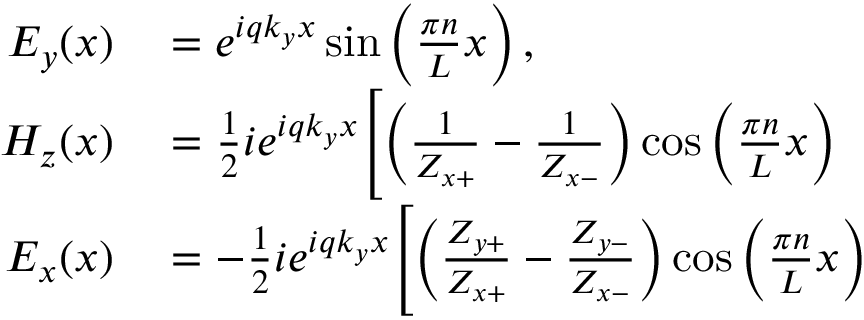
\begin{array} { r l } { E _ { y } ( x ) } & { { } = e ^ { i q k _ { y } x } \sin \left( \frac { \pi n } { L } x \right) , } \\ { H _ { z } ( x ) } & { { } = \frac { 1 } { 2 } i e ^ { i q k _ { y } x } \Biggl [ \left( \frac { 1 } { Z _ { x + } } - \frac { 1 } { Z _ { x - } } \right) \cos \left( \frac { \pi n } { L } x \right) } \\ { E _ { x } ( x ) } & { { } = - \frac { 1 } { 2 } i e ^ { i q k _ { y } x } \Biggl [ \left( \frac { Z _ { y + } } { Z _ { x + } } - \frac { Z _ { y - } } { Z _ { x - } } \right) \cos \left( \frac { \pi n } { L } x \right) } \end{array}